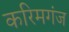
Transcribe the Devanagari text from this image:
करिमगंज